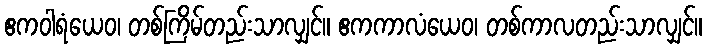
ဧကဝါရံယေဝ၊ တစ်ကြိမ်တည်းသာလျှင်။ ဧကကာလံယေဝ၊ တစ်ကာလတည်းသာလျှင်။